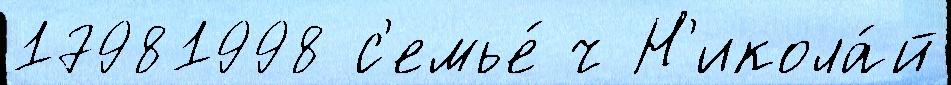
17981998 с'емье́ ч Н'икола́й